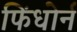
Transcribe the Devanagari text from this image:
फिंधोर्न